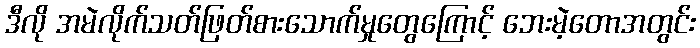
ဒီလို အမဲလိုက်သတ်ဖြတ်စားသောက်မှုတွေကြောင့် ဘေးမဲ့တောအတွင်း